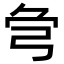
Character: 𢏃